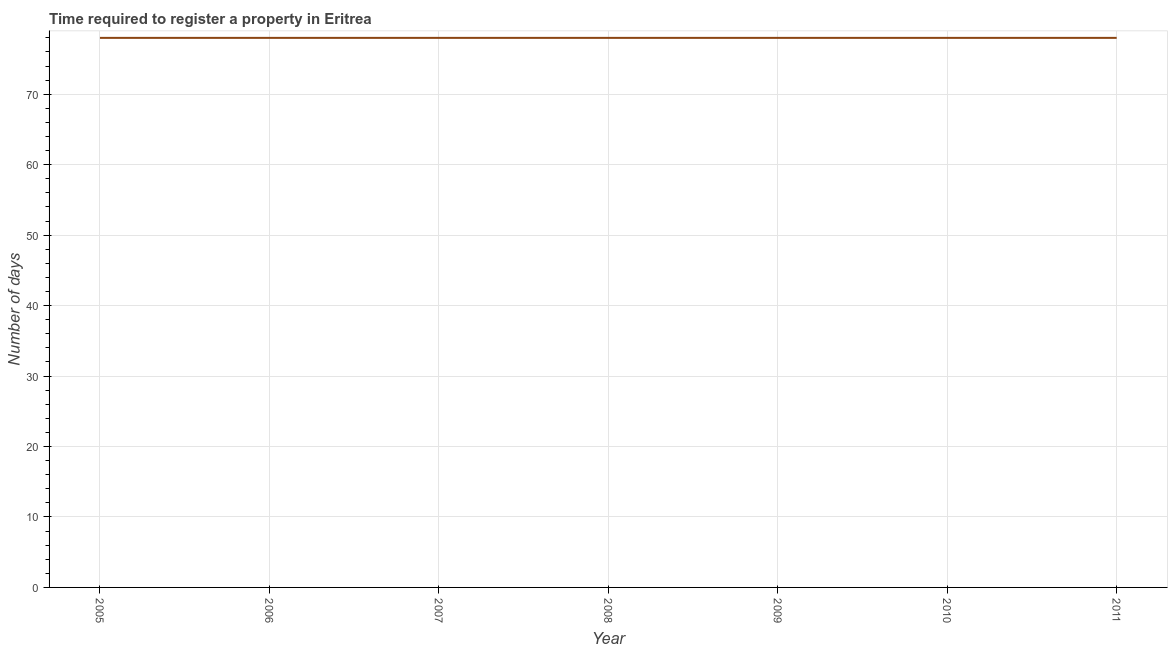
| Year | Register property |
 | --- | --- |
 | 2005 | 78 |
 | 2006 | 78 |
 | 2007 | 78 |
 | 2008 | 78 |
 | 2009 | 78 |
 | 2010 | 78 |
 | 2011 | 78 |